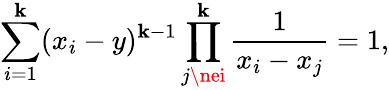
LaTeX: \sum_{i=1}^{\mathbf{k}}(x_{i}-y)^{\mathbf{k}-1}\prod_{j\nei}^{\mathbf{k}}\frac{{1}}{{x_{i}-x_{j}}}=1,